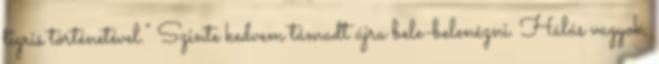
tigris történetével." Szinte kedvem támadt újra bele-belenézni. Hálás vagyok,